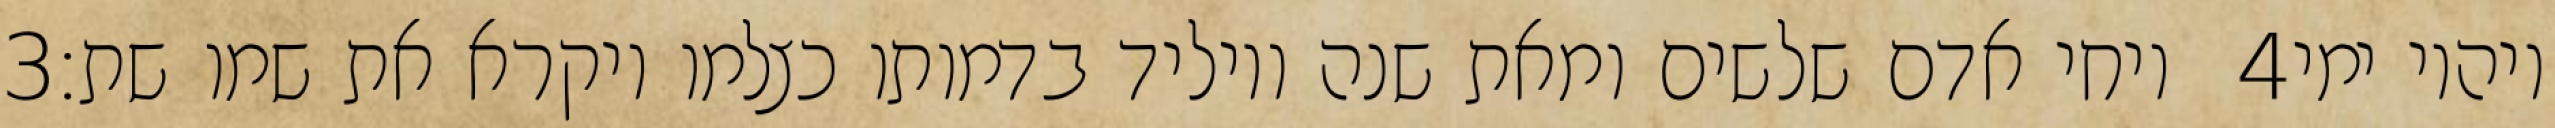
‎3‏ ויחי אדם שלשים ומאת שנה ויוליד בדמותו כצלמו ויקרא את שמו שת׃ ‎4‏ ויהיו ימי